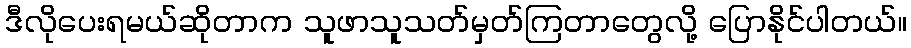
ဒီလိုပေးရမယ်ဆိုတာက သူဖာသူသတ်မှတ်ကြတာတွေလို့ ပြောနိုင်ပါတယ်။